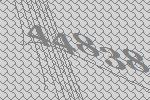
44838